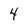
Character: 4